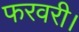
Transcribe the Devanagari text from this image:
फरवरी।